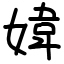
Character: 媁